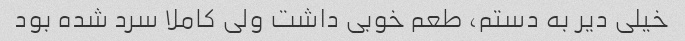
خیلی دیر به دستم، طعم خوبی داشت ولی کاملا سرد شده بود